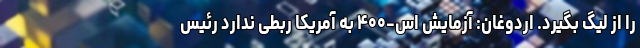
را از لیگ بگیرد. اردوغان: آزمایش اس-۴۰۰ به آمریکا ربطی ندارد رئیس